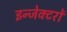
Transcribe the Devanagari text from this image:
इन्जेक्टरों